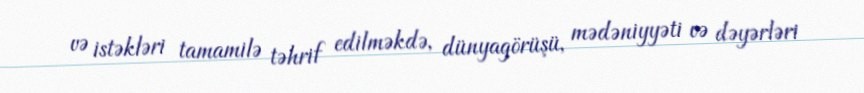
və istəkləri tamamilə təhrif edilməkdə, dünyagörüşü, mədəniyyəti və dəyərləri